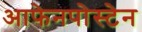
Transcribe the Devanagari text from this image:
आफेनपोस्टेन